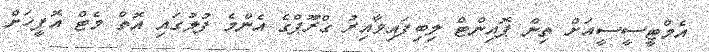
އެމްޓީސީސީއަށް ތިން ޕޮއިންޓް ލިބިފައިވާއިރު ގްރޫޕްގެ އެންމެ ފުލުގައި އޮތް މެޓް އޮފީހަށް